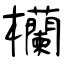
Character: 欗